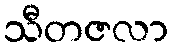
သီတဇလာ